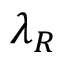
\lambda _ { R }